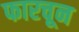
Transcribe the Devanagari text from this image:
फारचून